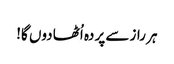
ہر راز سے پردہ اُٹھا دوں گا!